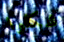
شكلوا